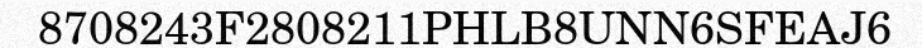
8708243F2808211PHLB8UNN6SFEAJ6